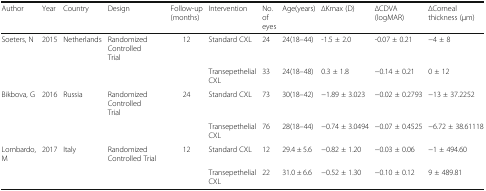
<table><thead><tr><td><b>Author</b></td><td><b>Year</b></td><td><b>Country</b></td><td><b>Design</b></td><td><b>Follow-up (months)</b></td><td><b>Intervention</b></td><td><b>No. of eyes</b></td><td><b>Age(years)</b></td><td><b>∆Kmax (D)</b></td><td><b>∆CDVA (logMAR)</b></td><td><b>∆Corneal thickness (μm)</b></td></tr></thead><tbody><tr><td>Soeters, N</td><td>2015</td><td>Netherlands</td><td>Randomized Controlled Trial</td><td>12</td><td>Standard CXL</td><td>24</td><td>24(18–44)</td><td>-1.5 ± 2.0</td><td>-0.07 ± 0.21</td><td>−4 ± 8</td></tr><tr><td>[EMPTY_CELL]</td><td>[EMPTY_CELL]</td><td>[EMPTY_CELL]</td><td>[EMPTY_CELL]</td><td>[EMPTY_CELL]</td><td>Transepethelial CXL</td><td>33</td><td>24(18–48)</td><td>0.3 ± 1.8</td><td>−0.14 ± 0.21</td><td>0 ± 12</td></tr><tr><td>Bikbova, G</td><td>2016</td><td>Russia</td><td>Randomized Controlled Trial</td><td>24</td><td>Standard CXL</td><td>73</td><td>30(18–42)</td><td>−1.89 ± 3.023</td><td>−0.02 ± 0.2793</td><td>−13 ± 37.2252</td></tr><tr><td>[EMPTY_CELL]</td><td>[EMPTY_CELL]</td><td>[EMPTY_CELL]</td><td>[EMPTY_CELL]</td><td>[EMPTY_CELL]</td><td>Transepethelial CXL</td><td>76</td><td>28(18–44)</td><td>−0.74 ± 3.0494</td><td>−0.07 ± 0.4525</td><td>−6.72 ± 38.61118</td></tr><tr><td>Lombardo, M</td><td>2017</td><td>Italy</td><td>Randomized Controlled Trial</td><td>12</td><td>Standard CXL</td><td>12</td><td>29.4 ± 5.6</td><td>−0.82 ± 1.20</td><td>−0.03 ± 0.06</td><td>−1 ± 494.60</td></tr><tr><td>[EMPTY_CELL]</td><td>[EMPTY_CELL]</td><td>[EMPTY_CELL]</td><td>[EMPTY_CELL]</td><td>[EMPTY_CELL]</td><td>Transepethelial CXL</td><td>22</td><td>31.0 ± 6.6</td><td>−0.52 ± 1.30</td><td>−0.10 ± 0.12</td><td>9 ± 489.81</td></tr></tbody></table>